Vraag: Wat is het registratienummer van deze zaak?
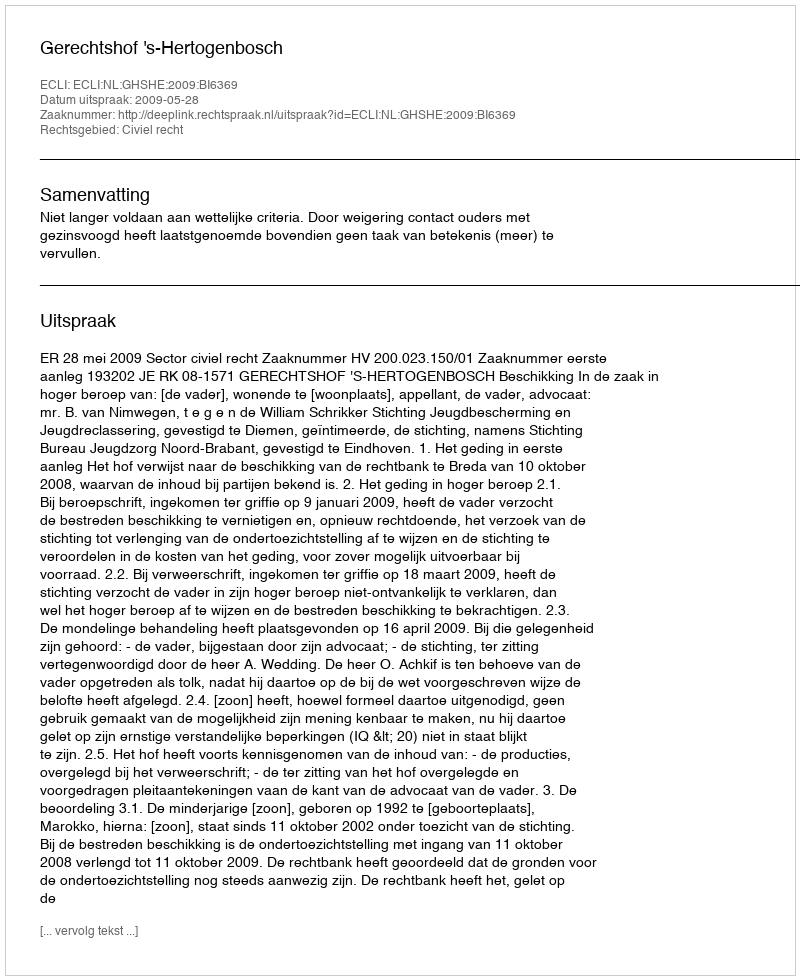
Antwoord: http://deeplink.rechtspraak.nl/uitspraak?id=ECLI:NL:GHSHE:2009:BI6369